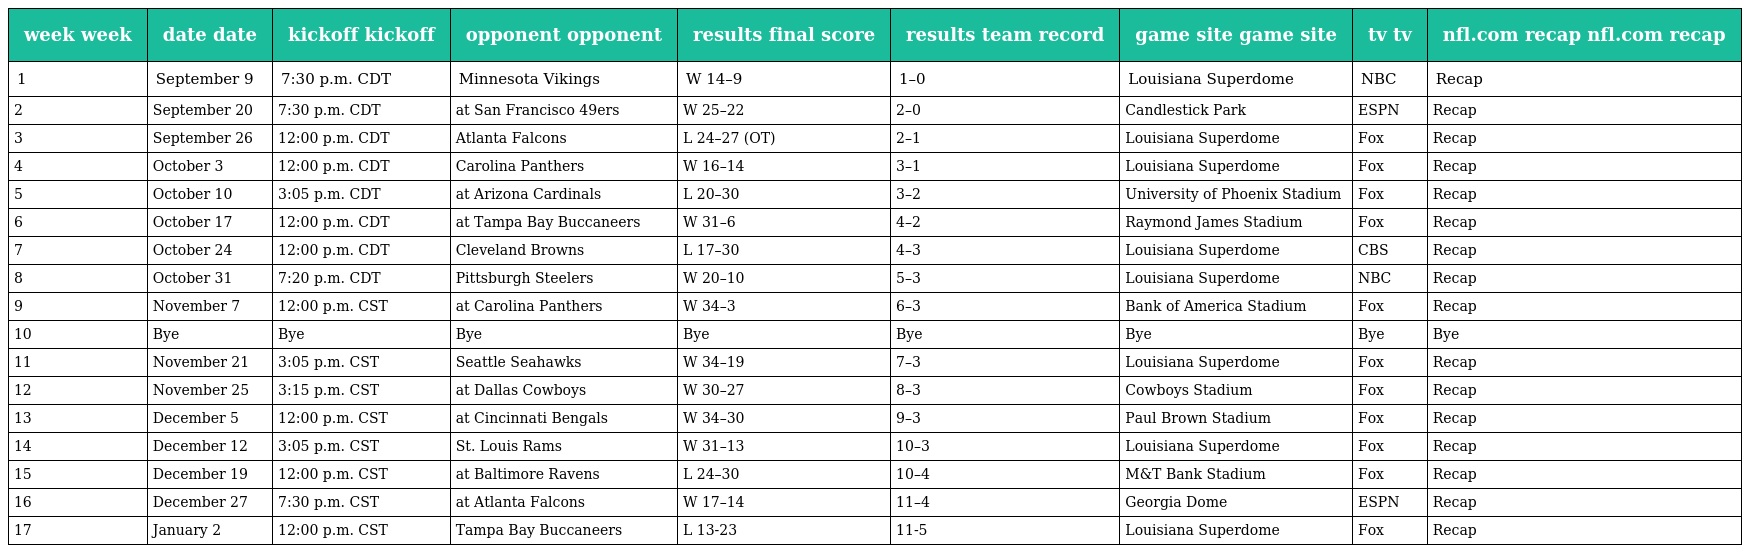
| week week | date date | kickoff kickoff | opponent opponent | results final score | results team record | game site game site | tv tv | nfl.com recap nfl.com recap |
 | --- | --- | --- | --- | --- | --- | --- | --- | --- |
 | 1 | September 9 | 7:30 p.m. CDT | Minnesota Vikings | W 14–9 | 1–0 | Louisiana Superdome | NBC | Recap |
 | 2 | September 20 | 7:30 p.m. CDT | at San Francisco 49ers | W 25–22 | 2–0 | Candlestick Park | ESPN | Recap |
 | 3 | September 26 | 12:00 p.m. CDT | Atlanta Falcons | L 24–27 (OT) | 2–1 | Louisiana Superdome | Fox | Recap |
 | 4 | October 3 | 12:00 p.m. CDT | Carolina Panthers | W 16–14 | 3–1 | Louisiana Superdome | Fox | Recap |
 | 5 | October 10 | 3:05 p.m. CDT | at Arizona Cardinals | L 20–30 | 3–2 | University of Phoenix Stadium | Fox | Recap |
 | 6 | October 17 | 12:00 p.m. CDT | at Tampa Bay Buccaneers | W 31–6 | 4–2 | Raymond James Stadium | Fox | Recap |
 | 7 | October 24 | 12:00 p.m. CDT | Cleveland Browns | L 17–30 | 4–3 | Louisiana Superdome | CBS | Recap |
 | 8 | October 31 | 7:20 p.m. CDT | Pittsburgh Steelers | W 20–10 | 5–3 | Louisiana Superdome | NBC | Recap |
 | 9 | November 7 | 12:00 p.m. CST | at Carolina Panthers | W 34–3 | 6–3 | Bank of America Stadium | Fox | Recap |
 | 10 | Bye | Bye | Bye | Bye | Bye | Bye | Bye | Bye |
 | 11 | November 21 | 3:05 p.m. CST | Seattle Seahawks | W 34–19 | 7–3 | Louisiana Superdome | Fox | Recap |
 | 12 | November 25 | 3:15 p.m. CST | at Dallas Cowboys | W 30–27 | 8–3 | Cowboys Stadium | Fox | Recap |
 | 13 | December 5 | 12:00 p.m. CST | at Cincinnati Bengals | W 34–30 | 9–3 | Paul Brown Stadium | Fox | Recap |
 | 14 | December 12 | 3:05 p.m. CST | St. Louis Rams | W 31–13 | 10–3 | Louisiana Superdome | Fox | Recap |
 | 15 | December 19 | 12:00 p.m. CST | at Baltimore Ravens | L 24–30 | 10–4 | M&T Bank Stadium | Fox | Recap |
 | 16 | December 27 | 7:30 p.m. CST | at Atlanta Falcons | W 17–14 | 11–4 | Georgia Dome | ESPN | Recap |
 | 17 | January 2 | 12:00 p.m. CST | Tampa Bay Buccaneers | L 13-23 | 11-5 | Louisiana Superdome | Fox | Recap |